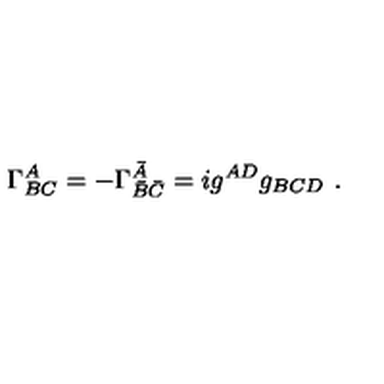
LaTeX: \Gamma _ { B C } ^ { A } = - \Gamma _ { \bar { B } \bar { C } } ^ { \bar { A } } = i g ^ { A D } g _ { B C D } \ .